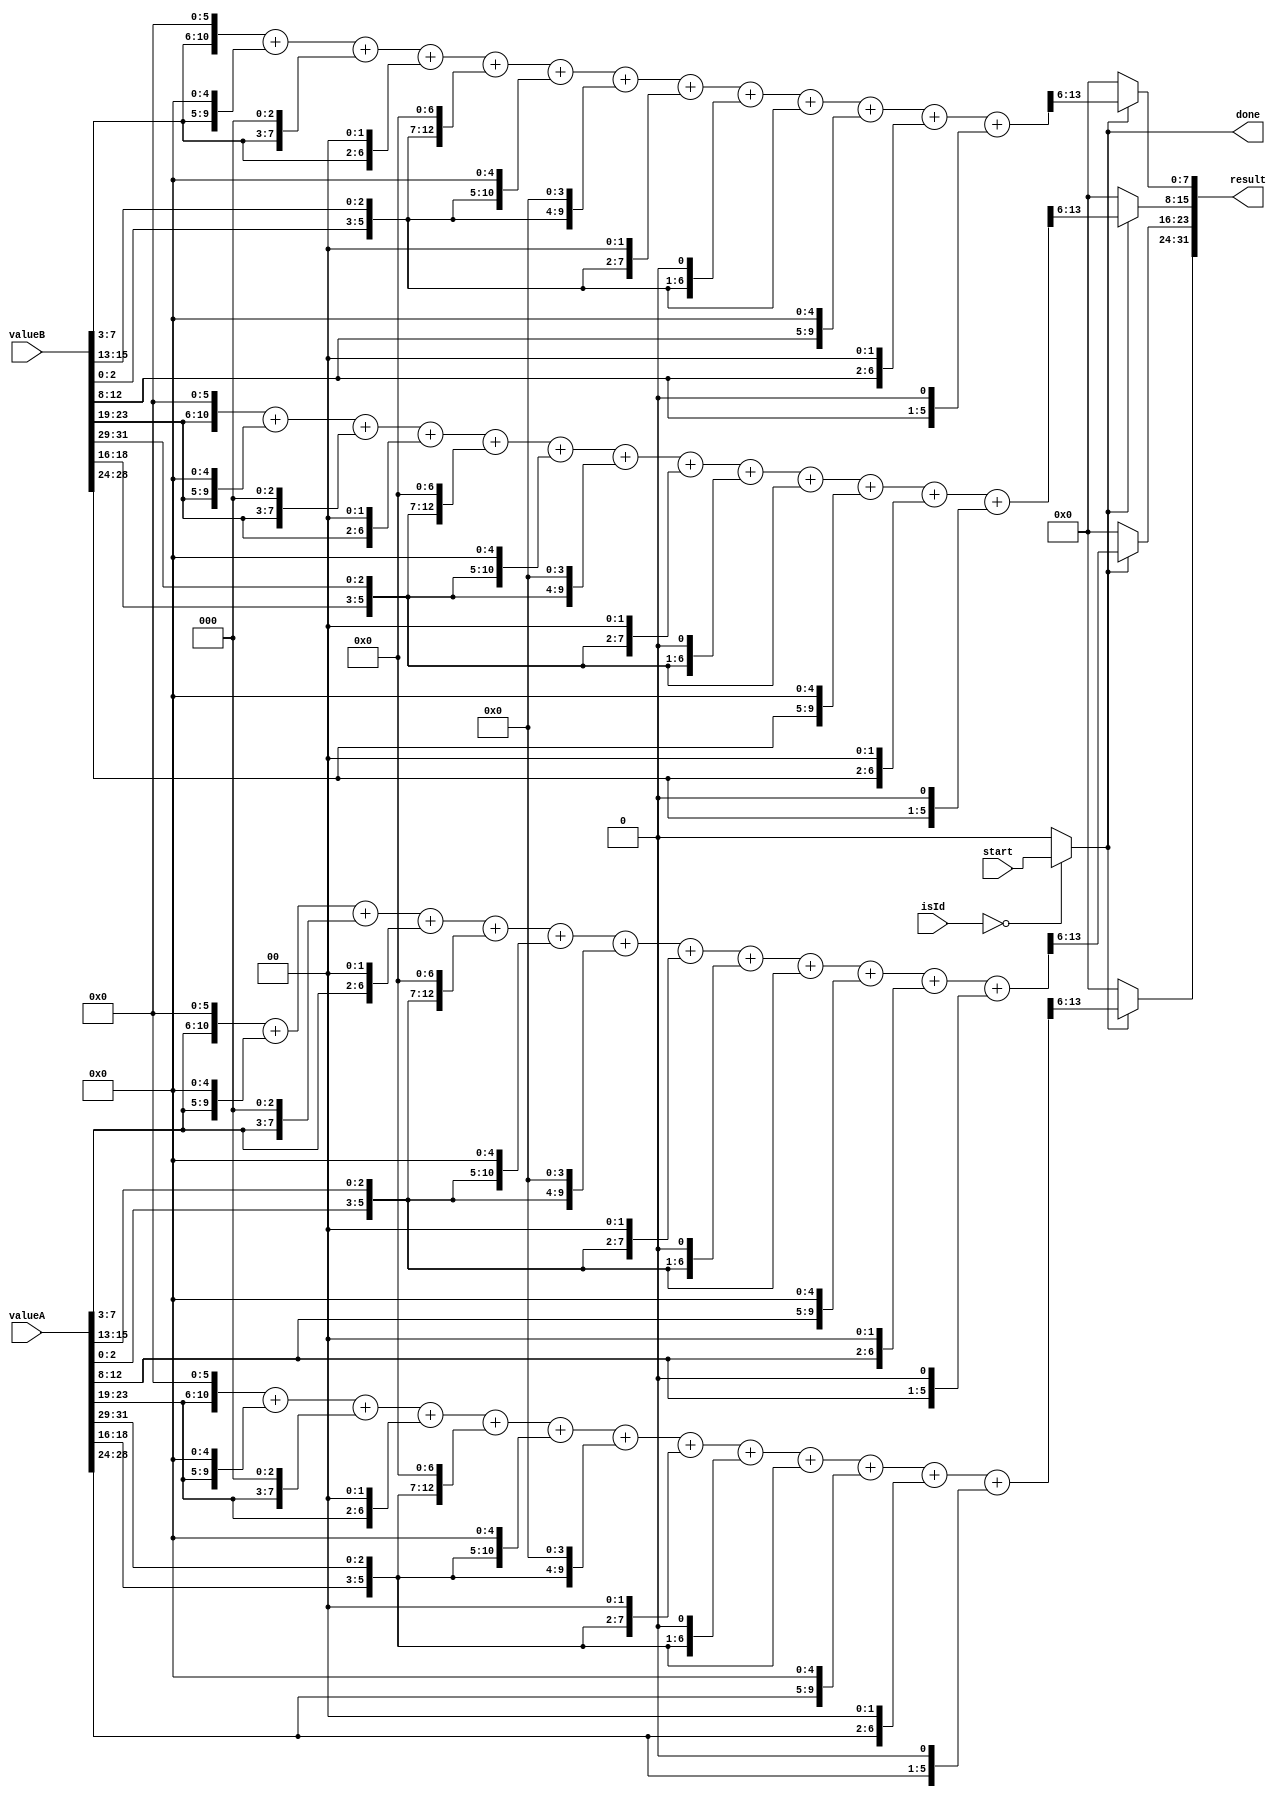
module rgb565Grayscalelse_faster #(parameter [7:0] customInstructionId = 8'd0)
                (input wire start,
                input wire [31:0] valueA,
                input wire [31:0] valueB,
                input wire [7:0] isId,
                output wire done,
                output reg [31:0] result);

wire s_isMyCi = (isId == customInstructionId) ? start : 1'b0;

reg [31:0] partial1, partial2, partial3, partial4;
assign done = s_isMyCi;

// Pixel 1
wire [31:0] red3   = {valueA[7:3],1'b0};
wire [31:0] green3 =  {valueA[2:0], valueA[15:13]};
wire [31:0] blue3  = {valueA[12:8],1'b0};
// Pixel 2
wire [31:0] red4   = {valueA[23:19],1'b0};
wire [31:0] green4 =  {valueA[18:16], valueA[31:29]};
wire [31:0] blue4  = {valueA[28:24],1'b0};
// Pixel 3
wire [31:0] red1   = {valueB[7:3],1'b0};
wire [31:0] green1 =  {valueB[2:0], valueB[15:13]};
wire [31:0] blue1  = {valueB[12:8],1'b0};
// Pixel 4
wire [5:0] red2   = {valueB[23:19],1'b0};
wire [5:0] green2 =  {valueB[18:16], valueB[31:29]};
wire [5:0] blue2  = {valueB[28:24],1'b0};

/* first version with multiplication handled by the synthesizer
reg [31:0] partial1 = (red1 * 54 + green1 * 183 + blue1 * 19);
wire [31:0] partial2 = (red2 * 54 + green2 * 183 + blue2 * 19);
wire [31:0] partial3 = (red3 * 54 + green3 * 183 + blue3 * 19);
wire [31:0] partial4 = (red4 * 54 + green4 * 183 + blue4 * 19);
*/ 

always @*
    if (s_isMyCi == 1'b0) begin
      result <= 32'd0;
    end
    else begin
    
    partial1   = (red1   << 5) +
                 (red1   << 4) +
                 (red1   << 2) +
                 (red1   << 1) +
                 (green1 << 7) +
                 (green1 << 5) +
                 (green1 << 4) +
                 (green1 << 2) +
                 (green1 << 1) +
                  green1 +
                 (blue1  << 4) +
                 (blue1  << 1) +
                  blue1;
    
    partial2   = (red2   << 5) +
                 (red2   << 4) +
                 (red2   << 2) +
                 (red2   << 1) +
                 (green2 << 7) +
                 (green2 << 5) +
                 (green2 << 4) +
                 (green2 << 2) +
                 (green2 << 1) +
                  green2 +
                 (blue2  << 4) +
                 (blue2  << 1) +
                  blue2;

    partial3   = (red3   << 5) +
                 (red3   << 4) +
                 (red3   << 2) +
                 (red3   << 1) +
                 (green3 << 7) +
                 (green3 << 5) +
                 (green3 << 4) +
                 (green3 << 2) +
                 (green3 << 1) +
                  green3 +
                 (blue3  << 4) +
                 (blue3  << 1) +
                  blue3;

    partial4   = (red4   << 5) +
                 (red4   << 4) +
                 (red4   << 2) +
                 (red4   << 1) +
                 (green4 << 7) +
                 (green4 << 5) +
                 (green4 << 4) +
                 (green4 << 2) +
                 (green4 << 1) +
                  green4 +
                 (blue4  << 4) +
                 (blue4  << 1) +
                  blue4;

      result[ 7: 0] <= partial1[13:6];
      result[15: 8] <= partial2[13:6];
      result[23:16] <= partial3[13:6];
      result[31:24] <= partial4[13:6];
    end
endmodule